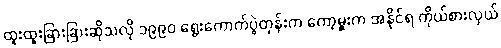
ထူးထူးခြားခြားဆိုသလို ၁၉၉၀ ရွေးကောက်ပွဲတုန်းက ကော့မှူးက အနိုင်ရ ကိုယ်စားလှယ်